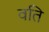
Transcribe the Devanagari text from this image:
वति